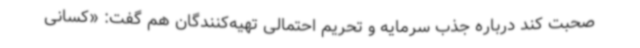
صحبت کند درباره جذب سرمایه و تحریم احتمالی تهیه‌کنندگان هم گفت: «کسانی